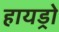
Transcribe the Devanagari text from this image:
हायड्रो